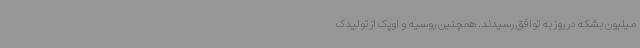
میلیون بشکه در روز به توافق رسیدند. همچنین روسیه و اوپک از تولیدک